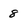
Character: 8